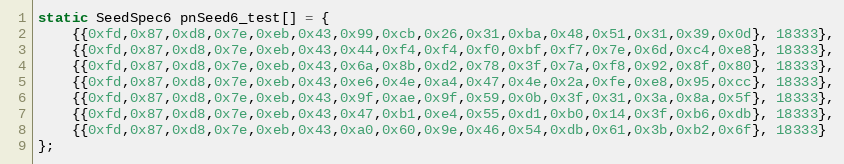
Language: C
static SeedSpec6 pnSeed6_test[] = {
    {{0xfd,0x87,0xd8,0x7e,0xeb,0x43,0x99,0xcb,0x26,0x31,0xba,0x48,0x51,0x31,0x39,0x0d}, 18333},
    {{0xfd,0x87,0xd8,0x7e,0xeb,0x43,0x44,0xf4,0xf4,0xf0,0xbf,0xf7,0x7e,0x6d,0xc4,0xe8}, 18333},
    {{0xfd,0x87,0xd8,0x7e,0xeb,0x43,0x6a,0x8b,0xd2,0x78,0x3f,0x7a,0xf8,0x92,0x8f,0x80}, 18333},
    {{0xfd,0x87,0xd8,0x7e,0xeb,0x43,0xe6,0x4e,0xa4,0x47,0x4e,0x2a,0xfe,0xe8,0x95,0xcc}, 18333},
    {{0xfd,0x87,0xd8,0x7e,0xeb,0x43,0x9f,0xae,0x9f,0x59,0x0b,0x3f,0x31,0x3a,0x8a,0x5f}, 18333},
    {{0xfd,0x87,0xd8,0x7e,0xeb,0x43,0x47,0xb1,0xe4,0x55,0xd1,0xb0,0x14,0x3f,0xb6,0xdb}, 18333},
    {{0xfd,0x87,0xd8,0x7e,0xeb,0x43,0xa0,0x60,0x9e,0x46,0x54,0xdb,0x61,0x3b,0xb2,0x6f}, 18333}
};